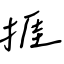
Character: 捱